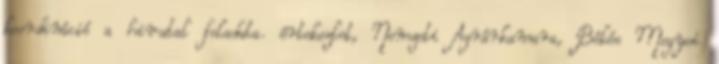
koordináció a hivatal feladata. értekezlet, Nemzeti Agrárkamara, Békés Megyei